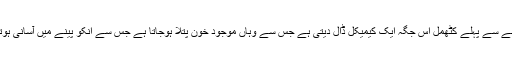
خون پینے سے پہلے کٹھمل اس جگہ ایک کیمیکل ڈال دیتی ہے جس سے وہاں موجود خون پتلا ہوجاتا ہے جس سے انکو پینے میں آسانی ہوتی ہے ۔